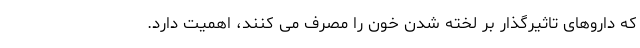
که داروهای تاثیرگذار بر لخته شدن خون را مصرف می کنند، اهمیت دارد.